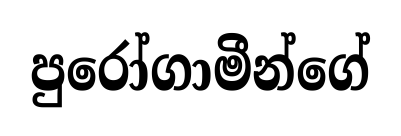
පුරෝගාමීන්ගේ